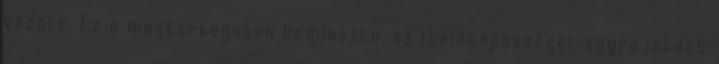
között. Ez a mesterségesen bomlasztó, az ítélőképességet egyre inkább